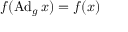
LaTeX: f ( \operatorname { A d } _ { g } x ) = f ( x )